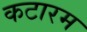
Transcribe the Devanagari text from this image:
कटारम